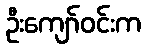
ဦးကျော်ဝင်းက